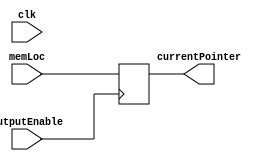
/*
    * @author: Shubhayu Das
    * This is the program counter code
    * Simply takes in a memory location value and gives it out when output is enabled
    * Output enable is required because it's non-pipelined architecture here
*/

module PC(clk, memLoc, outputEnable, currentPointer);
    input outputEnable, clk;
    input [31:0]memLoc;
    output reg[31:0] currentPointer;

    initial currentPointer = 0;

    always@(posedge outputEnable) begin
        if(outputEnable)
            currentPointer = memLoc;

    end
endmodule